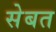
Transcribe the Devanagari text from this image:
सेबत